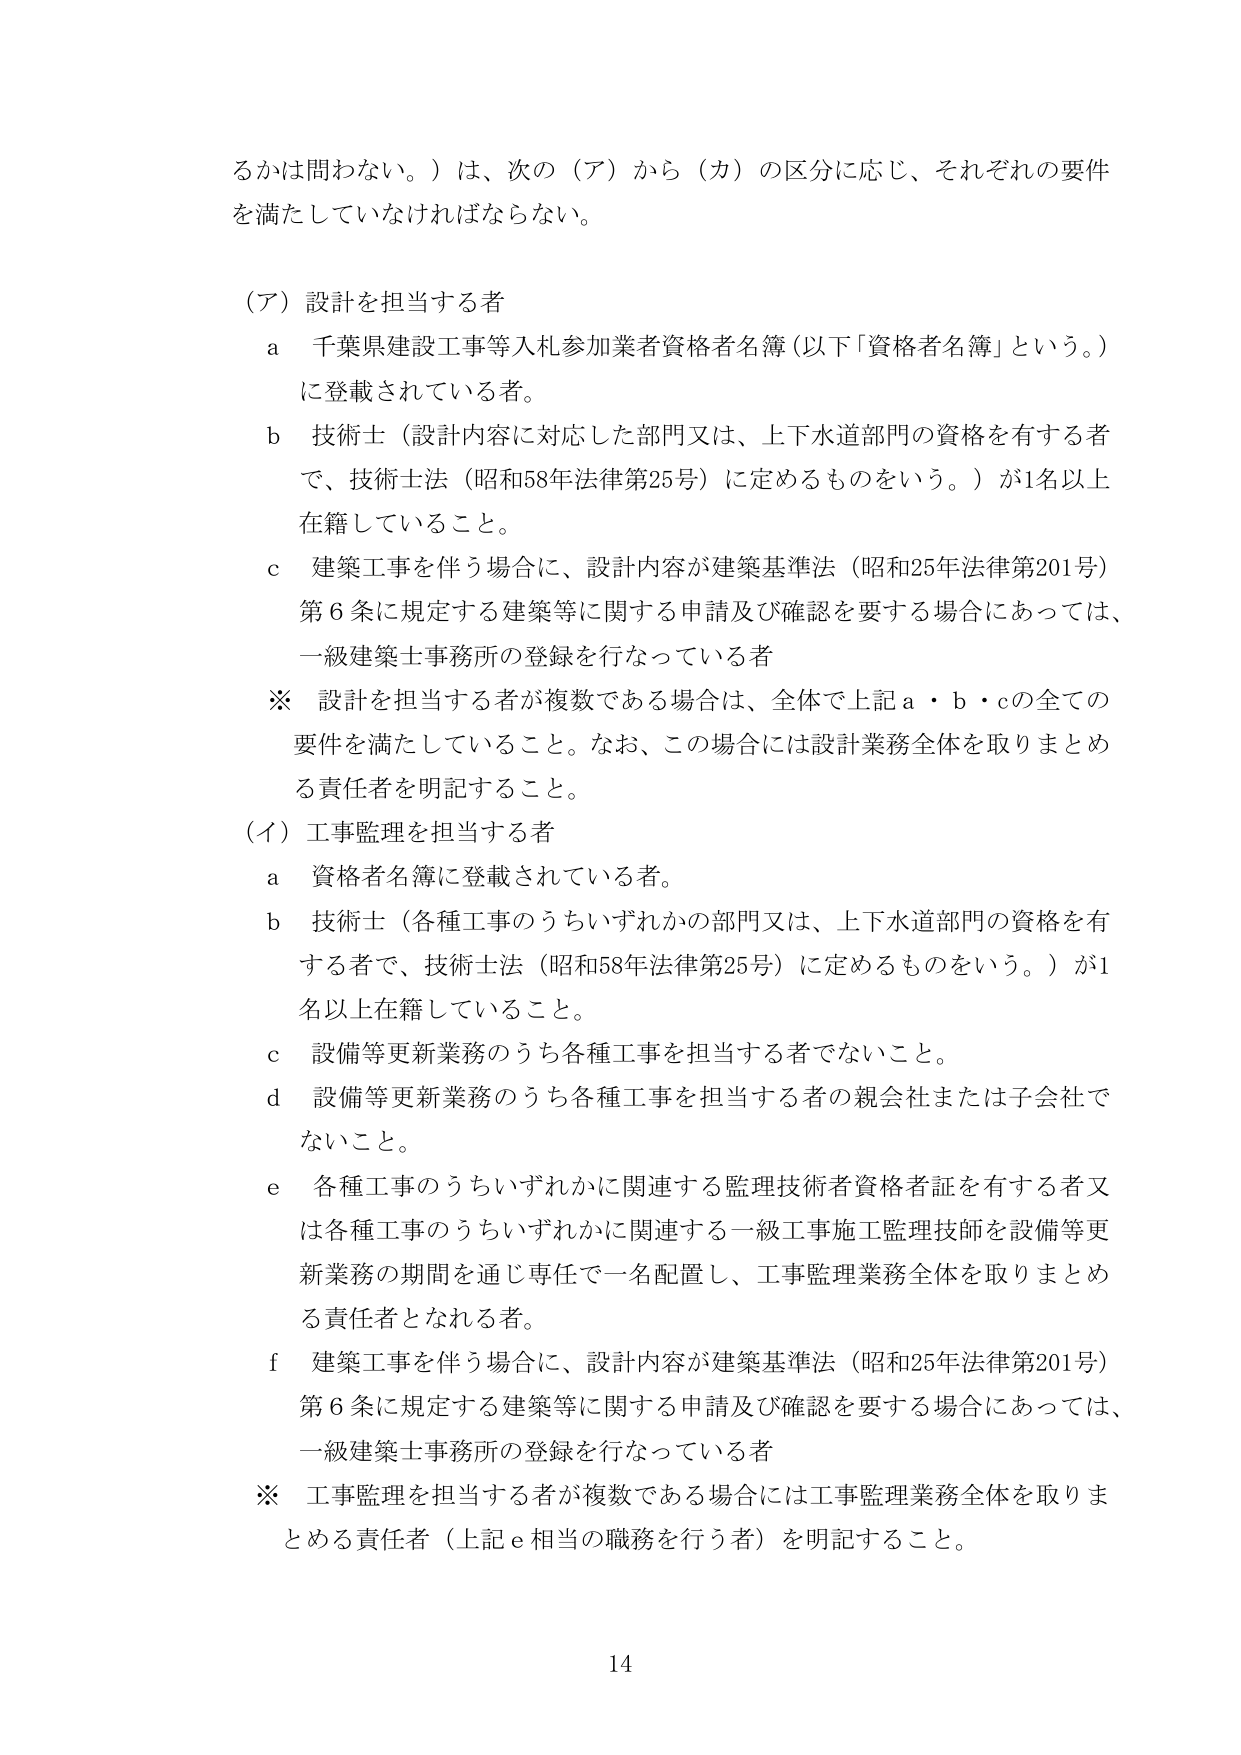
るかは問わない。）は、次の（ア）から（カ）の区分に応じ、それぞれの要件を満たしていなければならない。

（ア）設計を担当する者
　a　千葉県建設工事等入札参加業者資格者名簿（以下「資格者名簿」という。）に登載されている者。
　b　技術士（設計内容に対応した部門又は、上下水道部門の資格を有する者で、技術士法（昭和58年法律第25号）に定めるものをいう。）が1名以上在籍していること。
　c　建築工事を伴う場合に、設計内容が建築基準法（昭和25年法律第201号）第6条に規定する建築等に関する申請及び確認を要する場合にあっては、一級建築士事務所の登録を行なっている者
　※　設計を担当する者が複数である場合は、全体で上記a・b・cの全ての要件を満たしていること。なお、この場合には設計業務全体を取りまとめる責任者を明記すること。

（イ）工事監理を担当する者
　a　資格者名簿に登載されている者。
　b　技術士（各種工事のうちいずれかの部門又は、上下水道部門の資格を有する者で、技術士法（昭和58年法律第25号）に定めるものをいう。）が1名以上在籍していること。
　c　設備等更新業務のうち各種工事を担当する者でないこと。
　d　設備等更新業務のうち各種工事を担当する者の親会社または子会社でないこと。
　e　各種工事のうちいずれかに関連する監理技術者資格者証を有する者又は各種工事のうちいずれかに関連する一級工事施工監理技師を設備等更新業務の期間を通じ専任で一名配置し、工事監理業務全体を取りまとめる責任者となれる者。
　f　建築工事を伴う場合に、設計内容が建築基準法（昭和25年法律第201号）第6条に規定する建築等に関する申請及び確認を要する場合にあっては、一級建築士事務所の登録を行なっている者
　※　工事監理を担当する者が複数である場合には工事監理業務全体を取りまとめる責任者（上記e相当の職務を行う者）を明記すること。

14